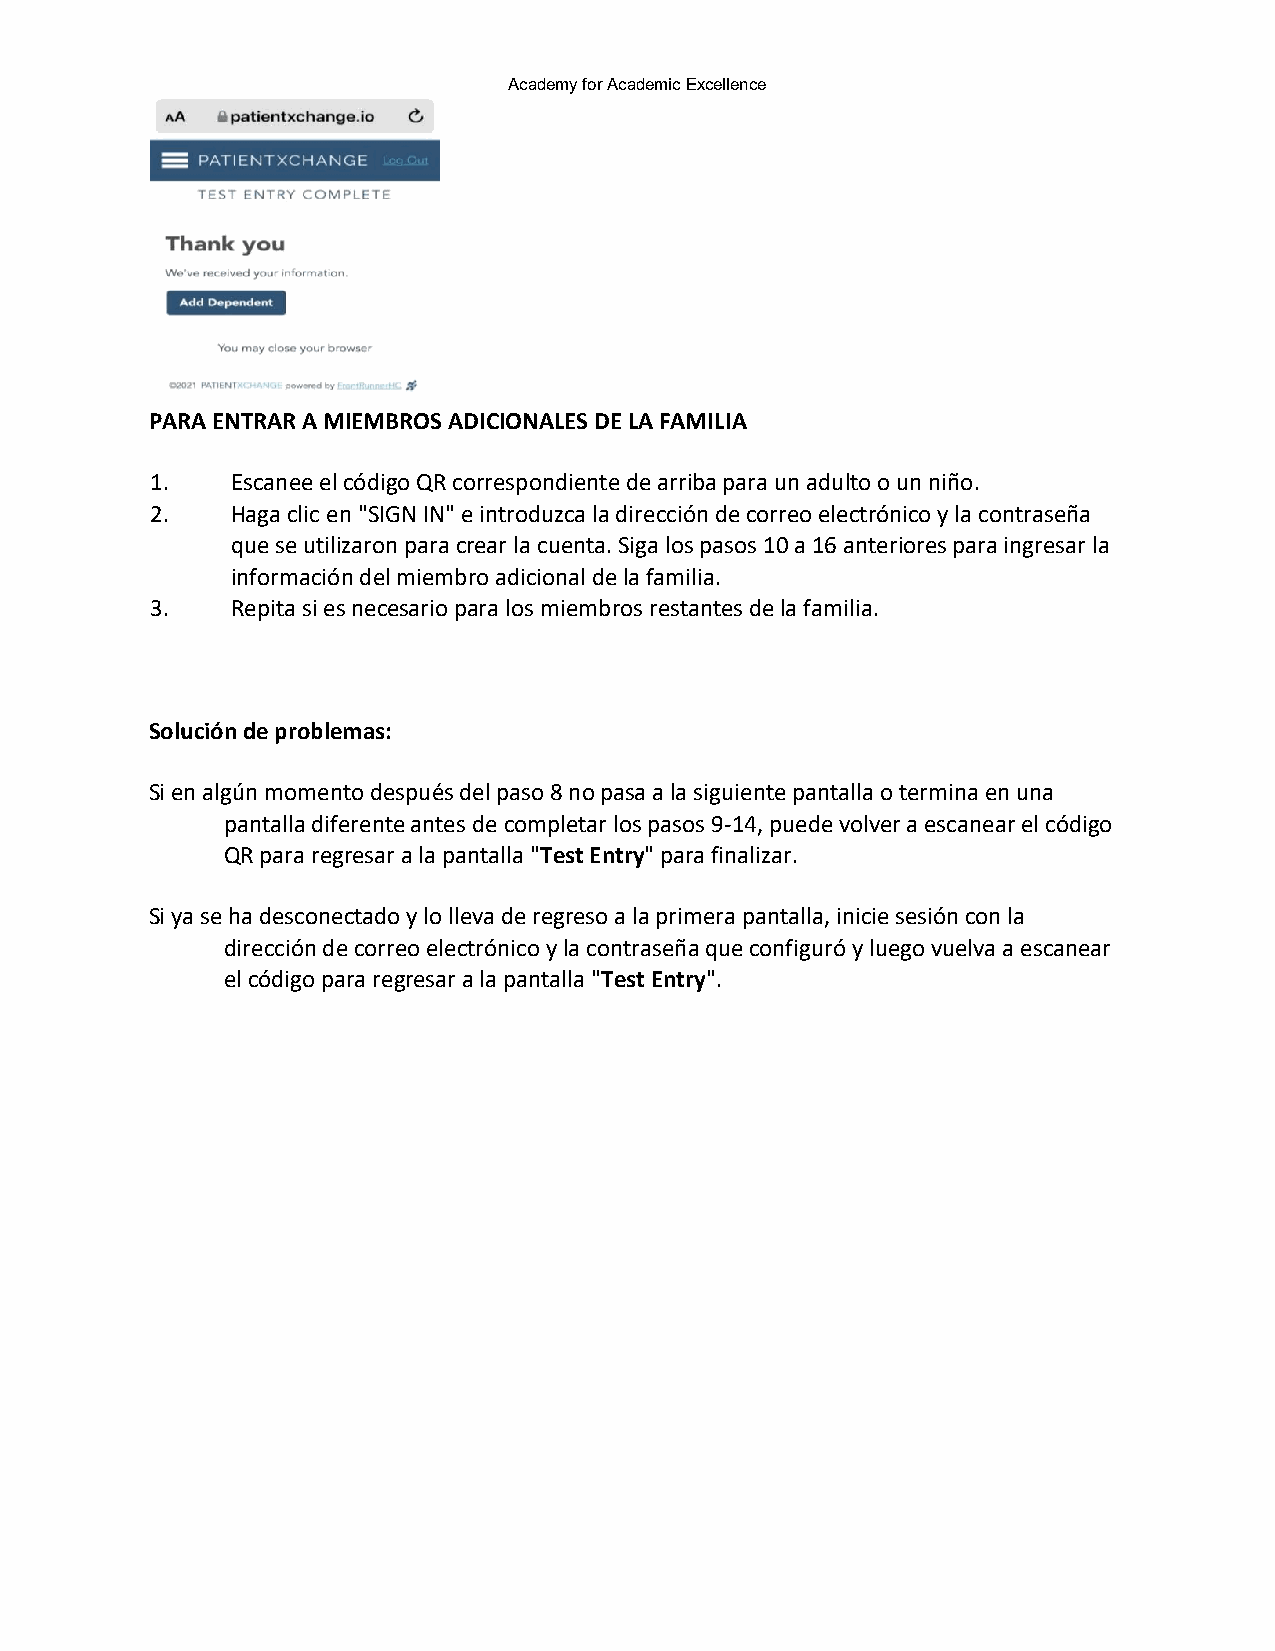
Academy for Academic Excellence
 PARA ENTRAR A MIEMBROS ADICIONALES DE LA FAMILIA
 1.   Escanee el código QR correspondiente de arriba para un adulto o un niño.
 2.   Haga clic en "SIGN IN" e introduzca la dirección de correo electrónico y la contraseña
 que se utilizaron para crear la cuenta. Siga los pasos 10 a 16 anteriores para ingresar la
 información del miembro adicional de la familia.
 3.   Repita si es necesario para los miembros restantes de la familia.
 Solución de problemas:
 Si en algún momento después del paso 8 no pasa a la siguiente pantalla o termina en una
 pantalla diferente antes de completar los pasos 9-14, puede volver a escanear el código
 QR para regresar a la pantalla "Test Entry" para finalizar.
 Si ya se ha desconectado y lo lleva de regreso a la primera pantalla, inicie sesión con la
 dirección de correo electrónico y la contraseña que configuró y luego vuelva a escanear
 el código para regresar a la pantalla "Test Entry".